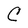
Character: C